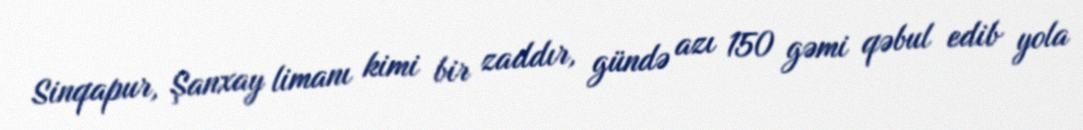
Sinqapur, Şanxay limanı kimi bir zaddır, gündə azı 150 gəmi qəbul edib yola